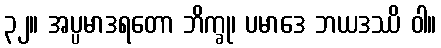
၃၂။ အပ္ပမာဒရတော ဘိက္ခု၊ ပမာဒေ ဘယဒဿိ ဝါ။